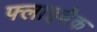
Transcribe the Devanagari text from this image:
फ्लाइबैक